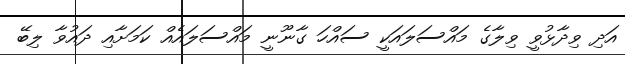
އަދި ވިދާޅުވީ ވިލާގެ މައްސަލައަކީ ސައްހަ ގާނޫނީ މައްސަލައެއް ކަމަށާއި ދައުވާ ލިބޭ